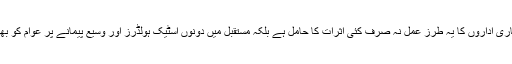
واجبات کی وصولی کے لیے سرکاری /نیم سرکاری اداروں کا یہ طرز عمل نہ صرف کئی اثرات کا حامل ہے بلکہ مستقبل میں دونوں اسٹیک ہولڈرز اور وسیع پیمانے پر عوام کو بھی اس سے دشواریوں کا سامنا کرنا پڑ سکتا ہے۔